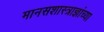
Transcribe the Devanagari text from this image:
मानसशास्त्राज्ञांच्या